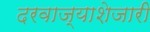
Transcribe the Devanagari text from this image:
दरवाज्याशेजारी